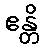
ဧန္တိ